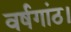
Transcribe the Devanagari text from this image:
वर्षगांठ।